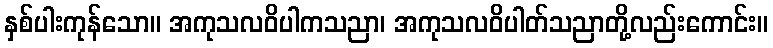
နှစ်ပါးကုန်သော။ အကုသလဝိပါကသညာ၊ အကုသလဝိပါတ်သညာတို့လည်းကောင်း။